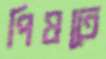
পিষতে